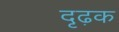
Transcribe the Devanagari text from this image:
दृढ़क